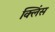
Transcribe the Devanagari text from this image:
क्लिंस